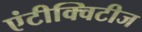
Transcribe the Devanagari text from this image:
एंटीक्विटीज